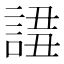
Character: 𧩖